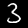
Label: 3